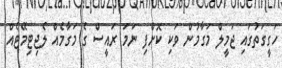
ހަގީގަތުގައި ޖަމީލް މަގާމުން ވަކި ކޮށްފި ނަމަ ރައީސް ގެ މަގާމެއް ލެޖިޓިމޭޓެއް